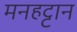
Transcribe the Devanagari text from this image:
मनहट्टान